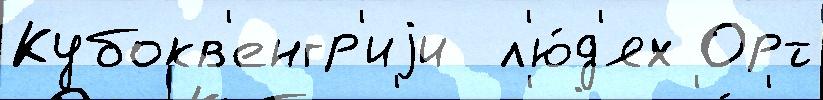
Кубокв'енгр'иjи  л'ю́д'ях Орт